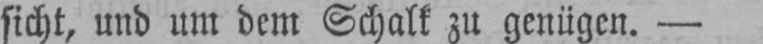
sicht, und um dem Schalk zu genügen. -